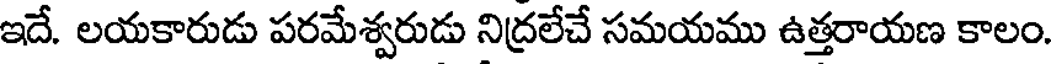
ఇదే. లయకారుడు పరమేశ్వరుడు నిద్రలేచే సమయము ఉత్తరాయణ కాలం.